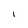
Character: l